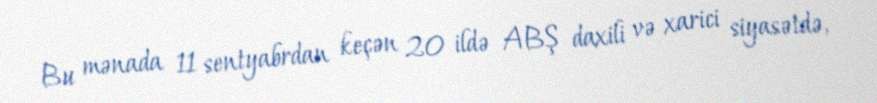
Bu mənada 11 sentyabrdan keçən 20 ildə ABŞ daxili və xarici siyasətdə,